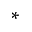
*